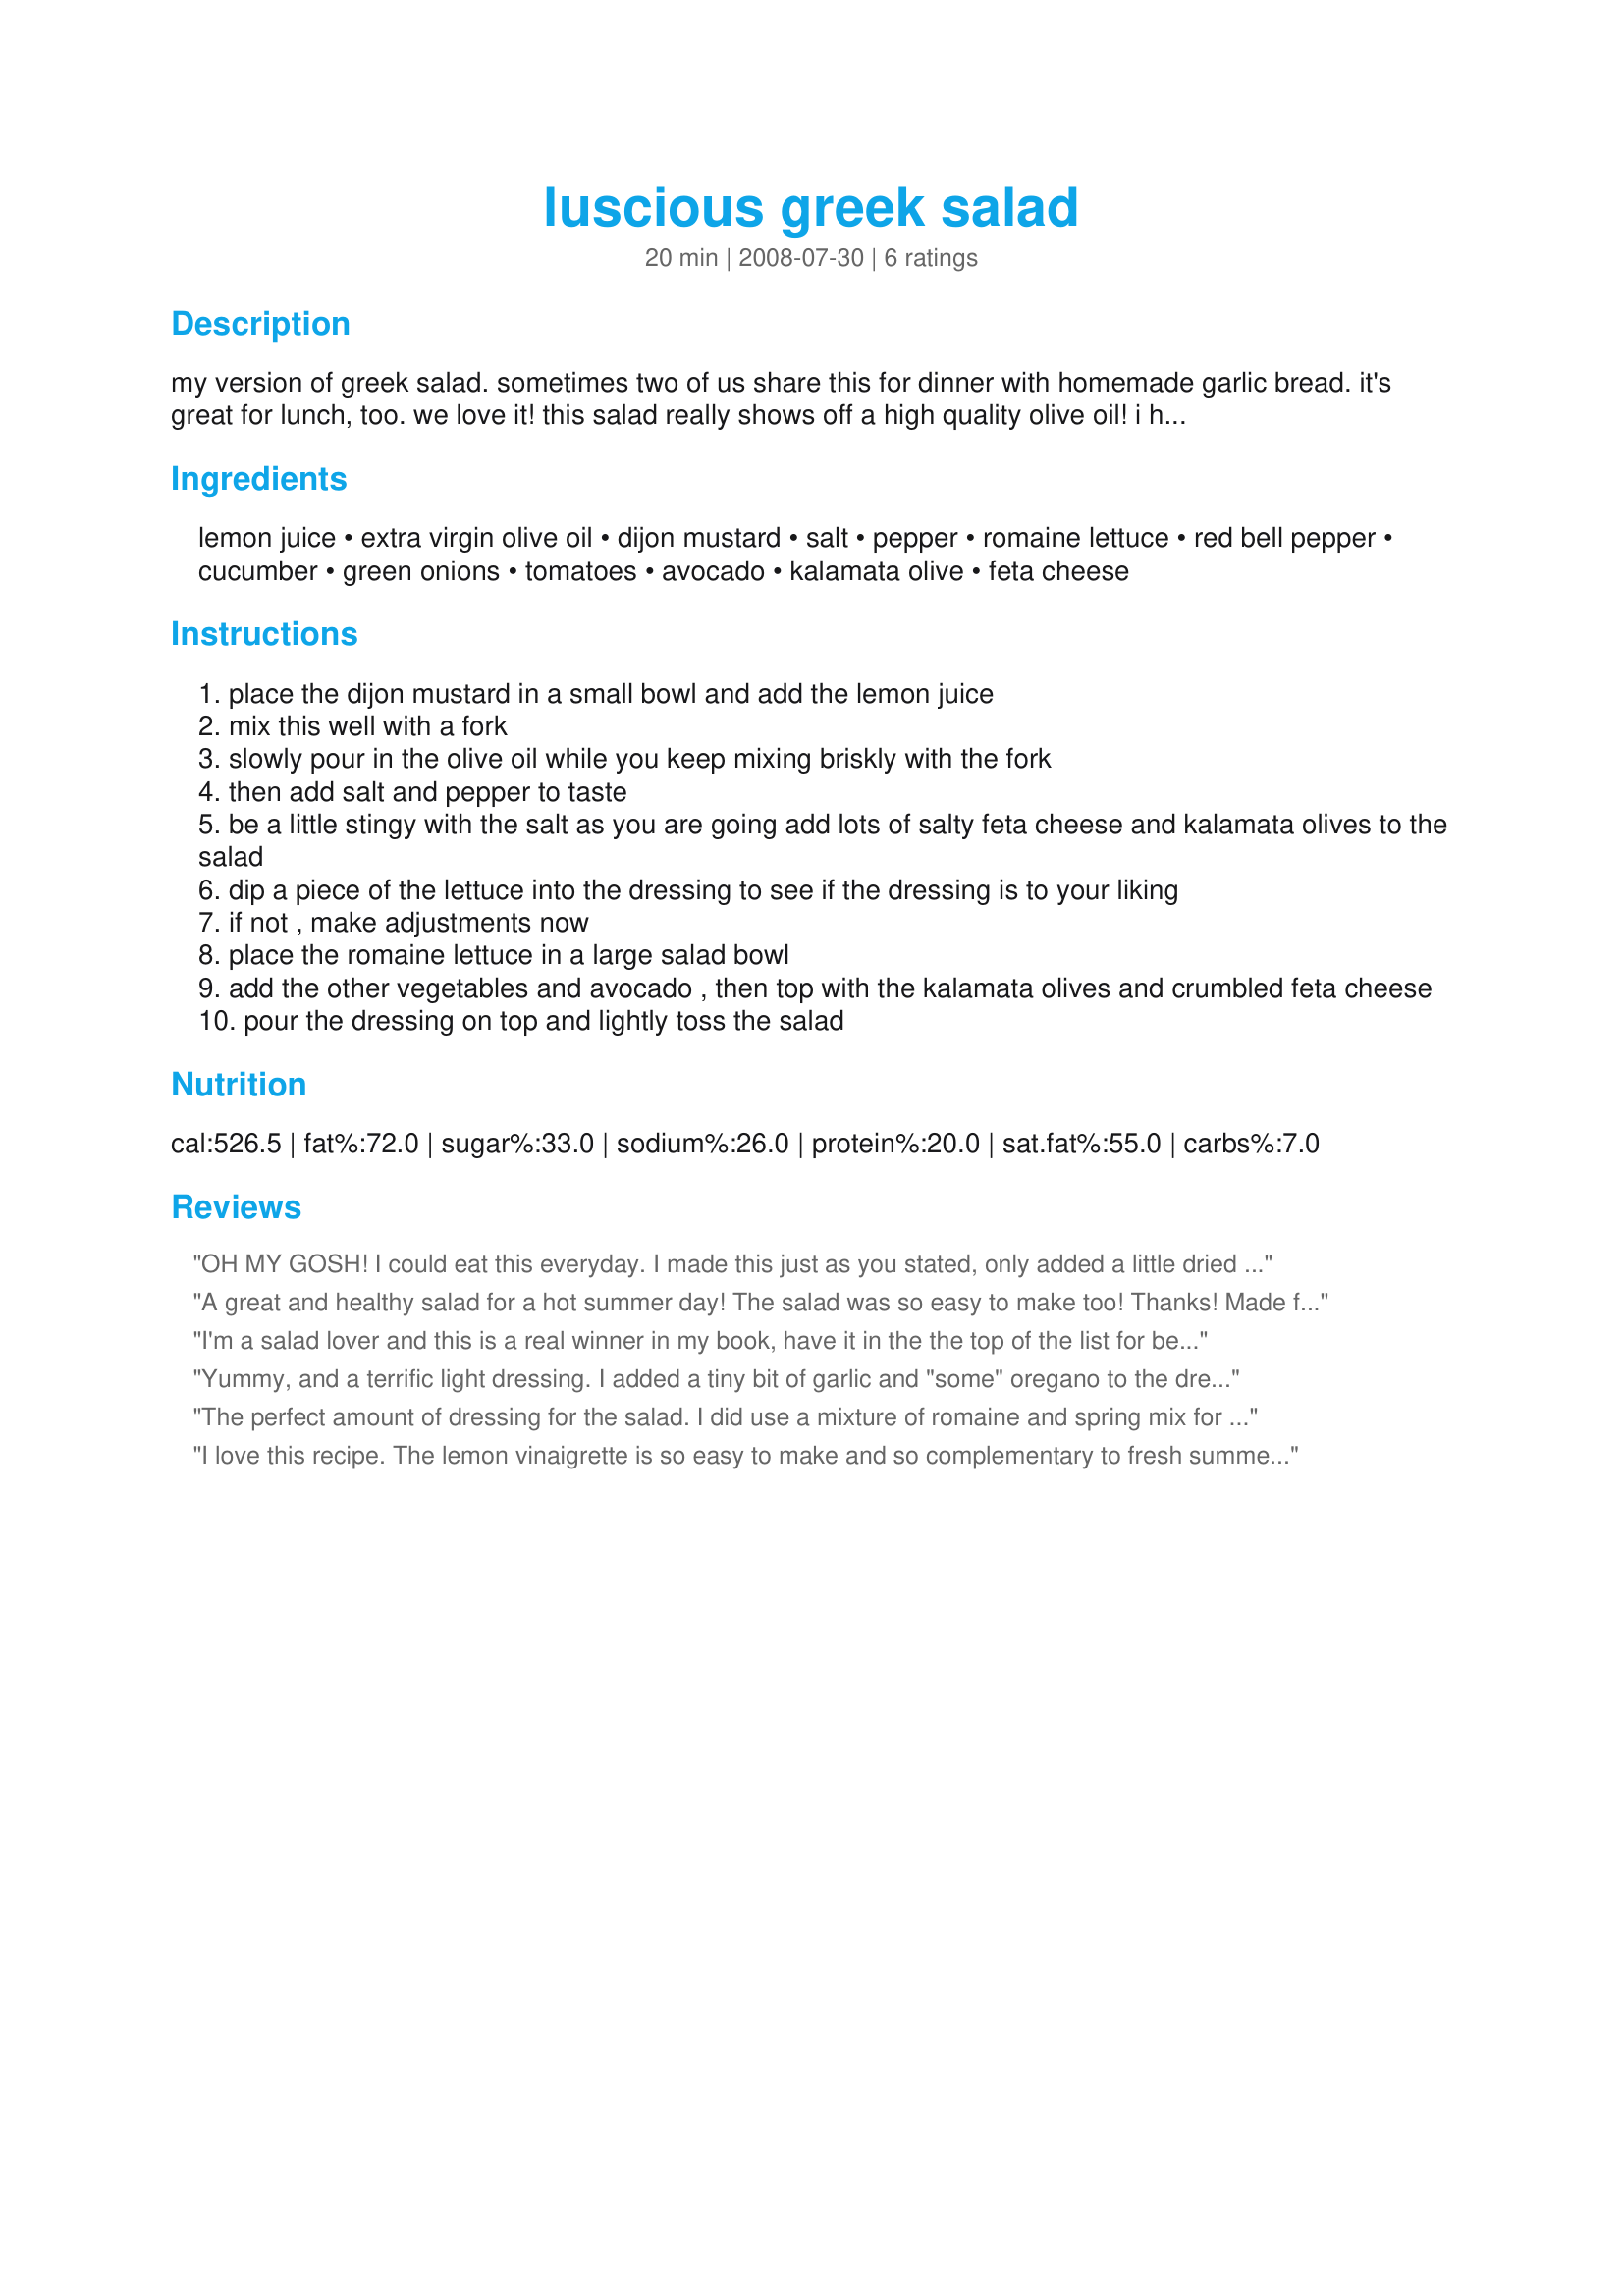
luscious greek salad
Preparation time: 20 minutes

my version of greek salad. sometimes two of us share this for dinner with homemade garlic bread. it's great for lunch, too. we love it!
this salad really shows off a high quality olive oil!

i have also made this with tender butter lettuce instead of the romaine. so good!

Ingredients:
lemon juice, extra virgin olive oil, dijon mustard, salt, pepper, romaine lettuce, red bell pepper, cucumber, green onions, tomatoes, avocado, kalamata olive, feta cheese

Steps:
place the dijon mustard in a small bowl and add the lemon juice
mix this well with a fork
slowly pour in the olive oil while you keep mixing briskly with the fork
then add salt and pepper to taste
be a little stingy with the salt as you are going add lots of salty feta cheese and kalamata olives to the salad
dip a piece of the lettuce into the dressing to see if the dressing is to your liking
if not , make adjustments now
place the romaine lettuce in a large salad bowl
add the other vegetables and avocado , then top with the kalamata olives and crumbled feta cheese
pour the dressing on top and lightly toss the salad

Reviews:
OH MY GOSH! I could eat this everyday. I made this just as you stated, only added a little dried oregano to the dressing. I wish there were ten stars!
A great and healthy salad for a hot summer day! The salad was so easy to make too! Thanks! Made for Cookbook Tag.
I'm a salad lover and this is a real winner in my book, have it in the the top of the list for best salada ever!!!!! I WILL be repeating this soon, maybe tomorrow(had it for lunch today Lol) umm so good. The avocado gave it a nice touch.
Thank you for posting.
Yummy, and a terrific light dressing. I added a tiny bit of garlic and "some" oregano to the dressing. Used green pepper since out of red, and a shallot since I had no green onions. And I LOVED the addition of avocado.
The perfect amount of dressing for the salad. I did use a mixture of romaine and spring mix for the greens. The onion was sliced red onion. Made for *PAC Spring 2009*
I love this recipe. The lemon vinaigrette is so easy to make and so complementary to fresh summer vegetables. The only change I make is to add a little garlic to the dressing.

My family loves it and I have made it around 5 or 6 times in the last two weeks and they can't get enough of it.

The addition of the avocados seems to just add another flavour dimension to the salad.

Highly recommend this.
